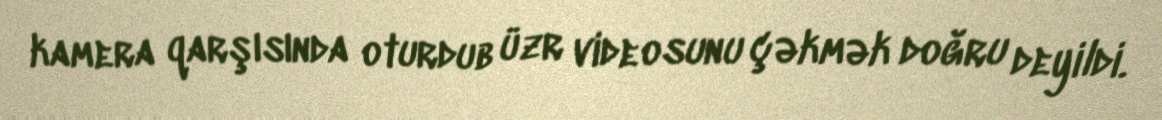
kamera qarşısında oturdub üzr videosunu çəkmək doğru deyildi.